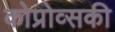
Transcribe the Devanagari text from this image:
कोप्रोव्सकी